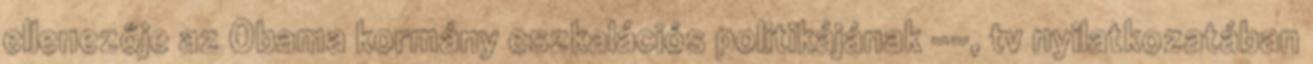
ellenezője az Obama kormány eszkalációs politikájának --, tv nyilatkozatában